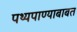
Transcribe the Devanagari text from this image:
पथ्यपाण्याबाबत